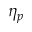
\eta _ { p }